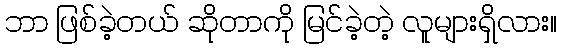
ဘာ ဖြစ်ခဲ့တယ် ဆိုတာကို မြင်ခဲ့တဲ့ လူများရှိလား။